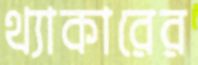
থ্যাকারের